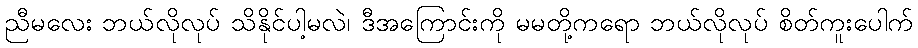
ညီမလေး ဘယ်လိုလုပ် သိနိုင်ပါ့မလဲ၊ ဒီအကြောင်းကို မမတို့ကရော ဘယ်လိုလုပ် စိတ်ကူးပေါက်